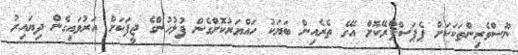
ނޫސްވެރިންތަކަކަށް ޕެޕަސްޕްރޭކޮށް އޭގެ ތެރެއިން ބަޔަކު ހައްޔަރުކޮށްގެން ފުލުހުންގެ ޖީޕަކަށް އަރުވައިގެން ދިޔައިރު